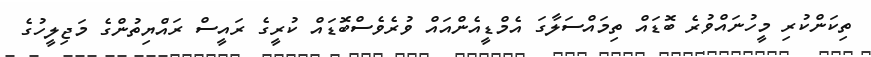
ތިކަންކުރި މީހުނައްވުރެ ބޮޑައް ތިމައްސަލާގަ އެމްޑީއެންއައް ވުރެވެސްބޮޑައް ކުރީގެ ރައީސް ރައްޔިތުންގެ މަޖިލީހުގެ